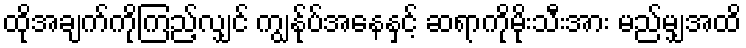
ထိုအချက်ကိုကြည့်လျှင် ကျွန်ုပ်အနေနှင့် ဆရာကိုမိုးသီးအား မည်မျှအထိ